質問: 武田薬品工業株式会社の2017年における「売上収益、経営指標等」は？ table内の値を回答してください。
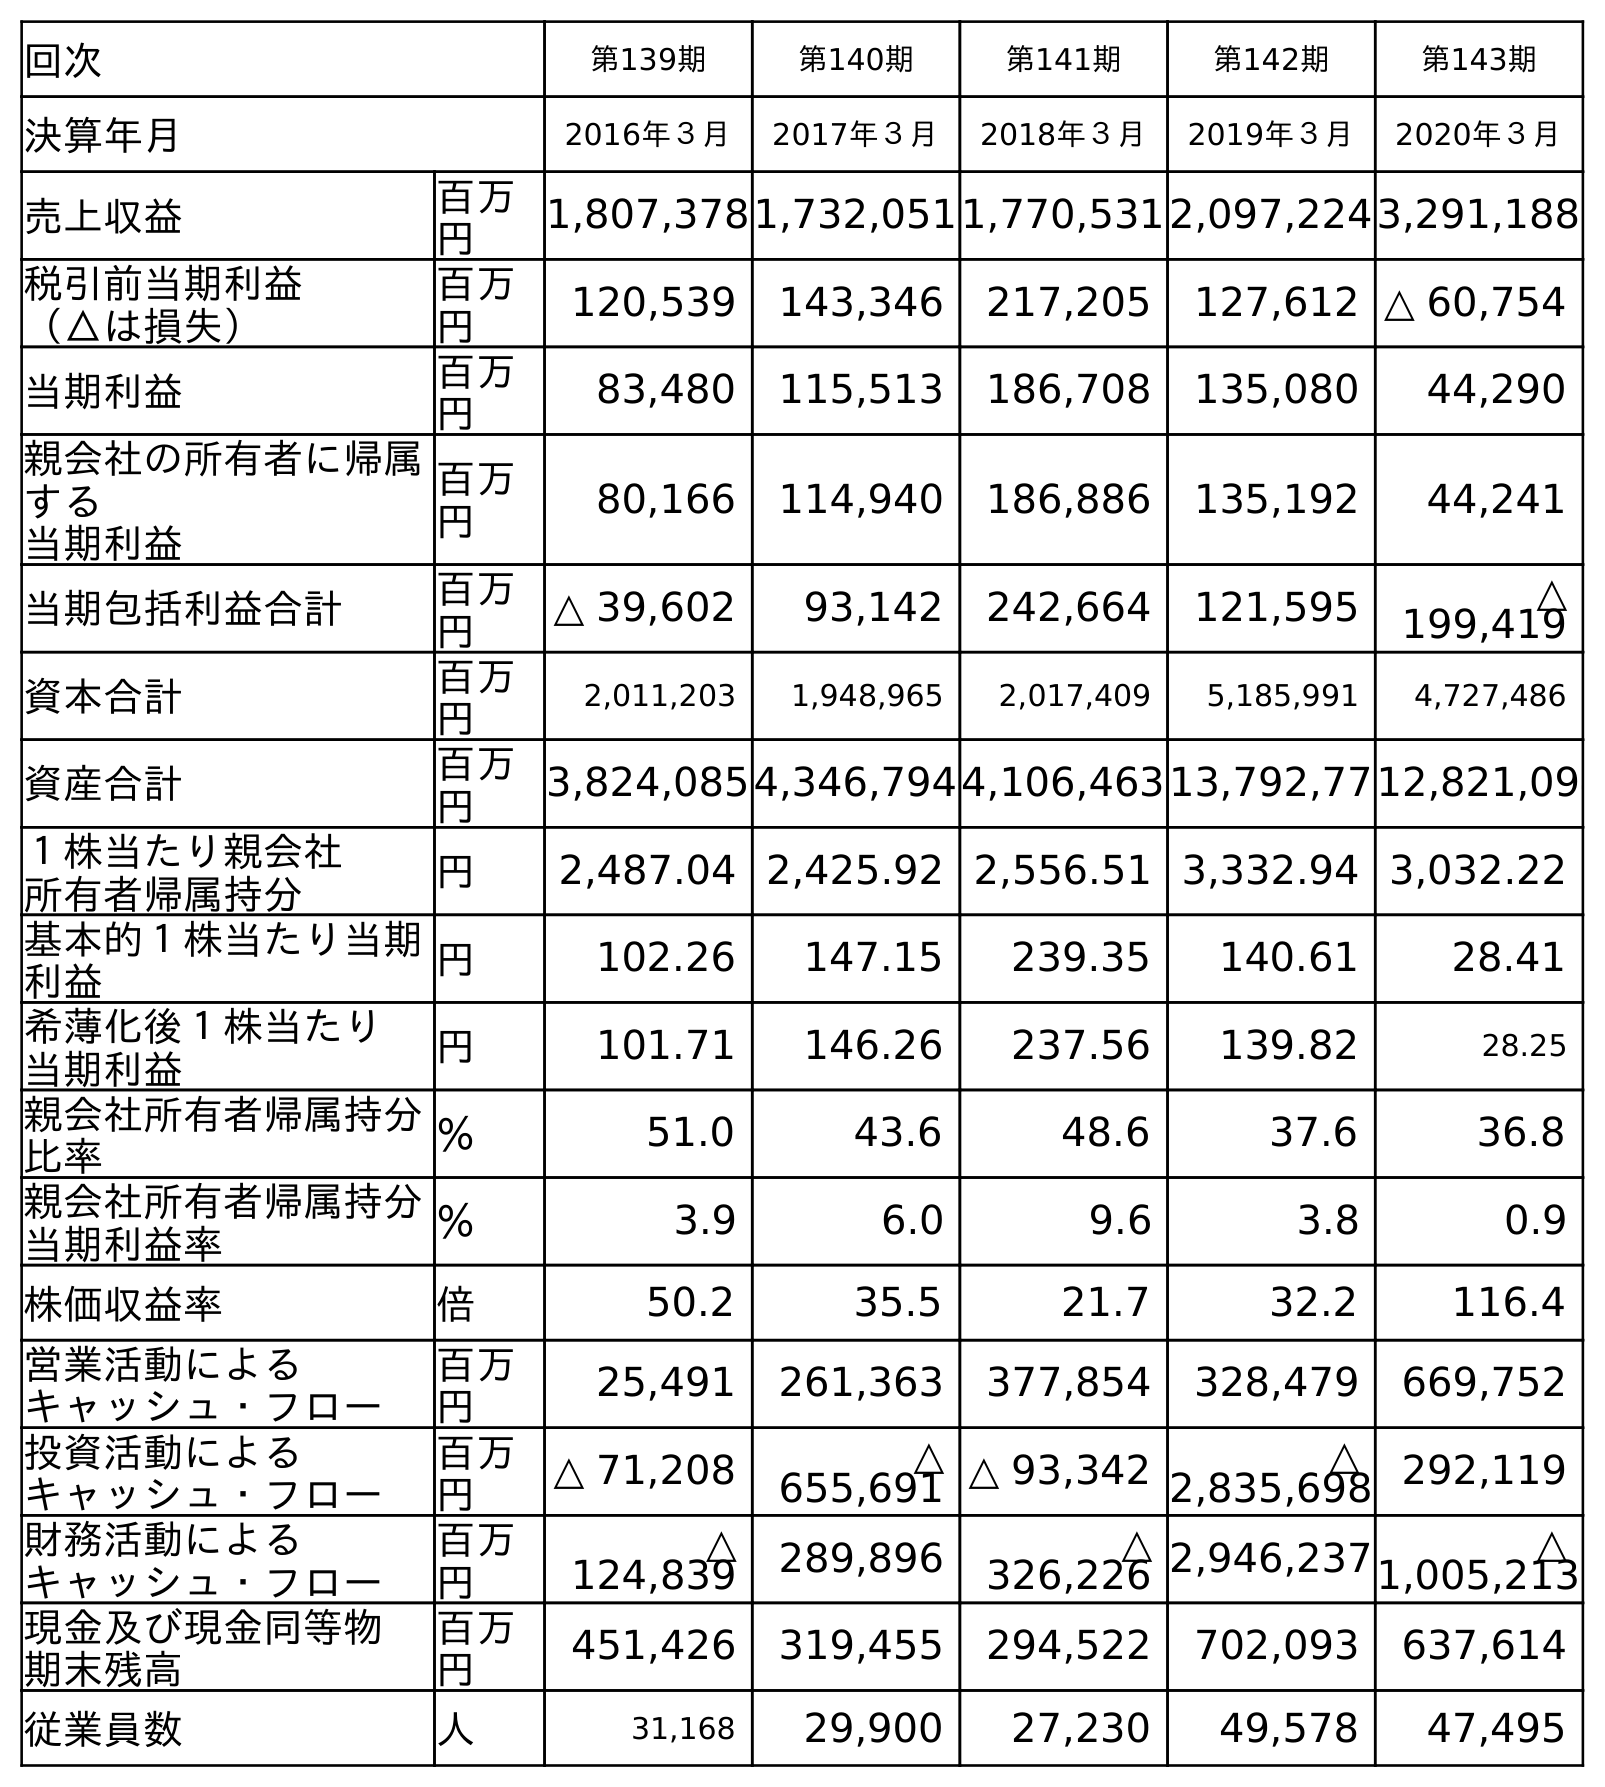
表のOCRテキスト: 回次 第139期 第140期 第141期 第142期 第143期 決算年月 2016年３月 2017年３月 2018年３月 2019年３月 2020年３月 売上収益 百万 円 1,807,3781,732,0511,770,5312,097,2243,291,188 税引前当期利益 （△は損失） 百万 円 120,539 143,346 217,205 127,612 △ 60,754 当期利益 百万 円 83,480 115,513 186,708 135,080 44,290 親会社の所有者に帰属 する 当期利益 百万 円 80,166 114,940 186,886 135,192 44,241 当期包括利益合計 百万 円 △ 39,602 93,142 242,664 121,595 △ 199,419 資本合計 百万 円 2,011,203 1,948,965 2,017,409 5,185,991 4,727,486 資産合計 百万 円 3,824,0854,346,7944,106,46313,792,7712,821,09 １株当たり親会社 所有者帰属持分 円 2,487.04 2,425.92 2,556.51 3,332.94 3,032.22 基本的１株当たり当期 利益 円 102.26 147.15 239.35 140.61 28.41 希薄化後１株当たり 当期利益 円 101.71 146.26 237.56 139.82 28.25 親会社所有者帰属持分 比率 ％ 51.0 43.6 48.6 37.6 36.8 親会社所有者帰属持分 当期利益率 ％ 3.9 6.0 9.6 3.8 0.9 株価収益率 倍 50.2 35.5 21.7 32.2 116.4 営業活動による キャッシュ・フロー 百万 円 25,491 261,363 377,854 328,479 669,752 投資活動による キャッシュ・フロー 百万 円 △ 71,208 △ 655,691 △ 93,342 △ 2,835,698 292,119 財務活動による キャッシュ・フロー 百万 円 △ 124,839 289,896 △ 326,226 2,946,237 △ 1,005,213 現金及び現金同等物 期末残高 百万 円 451,426 319,455 294,522 702,093 637,614 従業員数 人 31,168 29,900 27,230 49,578 47,495
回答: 1,732,051